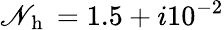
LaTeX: \mathscr{N}_{\mathrm{{~h~}}}=1.5+i10^{-2}